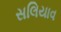
સલિયાવ